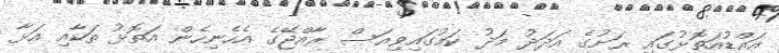
އައްޑުއަތޮޅުގައި ރަށުގެ އަދަދު މަދު ކަމުގައިވިއަސް ރާއްޖޭގެ އެހެނިހެން އަތޮޅު ތަކާއި އަޅާ